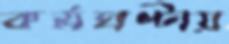
কর্মঘণ্টায়